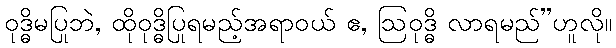
ဝုဒ္ဓိမပြုဘဲ, ထိုဝုဒ္ဓိပြုရမည့်အရာဝယ် ဧ, ဩဝုဒ္ဓိ လာရမည်”ဟူလို။